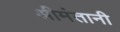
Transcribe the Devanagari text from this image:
श्रीमंतानी